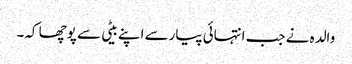
والدہ نے جب انتہائی پیارسے اپنے بیٹی سے پوچھا کہ۔